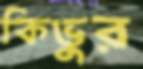
কিভুর